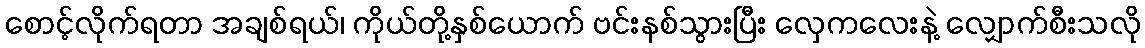
စောင့်လိုက်ရတာ အချစ်ရယ်၊ ကိုယ်တို့နှစ်ယောက် ဗင်းနစ်သွားပြီး လှေကလေးနဲ့ လျှောက်စီးသလို